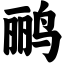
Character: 鹂